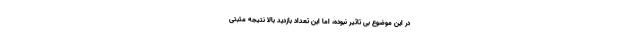
در این موضوع بی تاثیر نبوده، اما این تعداد بازدید بالا نتیجه مثبتی